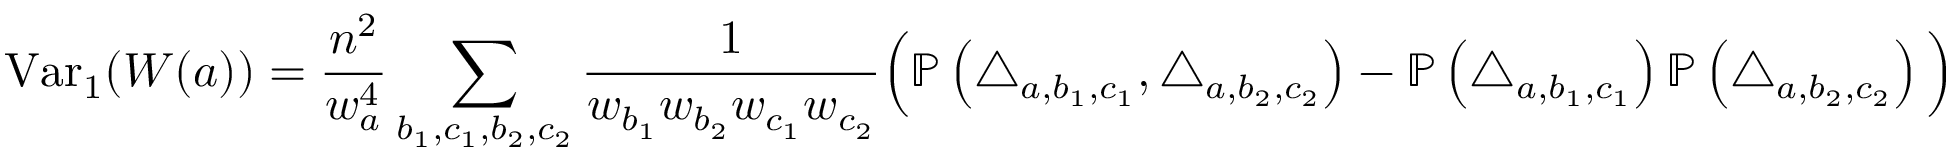
\operatorname { V a r } _ { 1 } ( W ( a ) ) = \frac { n ^ { 2 } } { w _ { a } ^ { 4 } } \sum _ { b _ { 1 } , c _ { 1 } , b _ { 2 } , c _ { 2 } } \frac { 1 } { w _ { b _ { 1 } } w _ { b _ { 2 } } w _ { c _ { 1 } } w _ { c _ { 2 } } } \Big ( \mathbb { P } \left( \triangle _ { a , b _ { 1 } , c _ { 1 } } , \triangle _ { a , b _ { 2 } , c _ { 2 } } \right) - \mathbb { P } \left( \triangle _ { a , b _ { 1 } , c _ { 1 } } \right) \mathbb { P } \left( \triangle _ { a , b _ { 2 } , c _ { 2 } } \right) \Big )